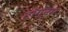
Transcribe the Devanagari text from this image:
टॉग्नम